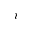
i